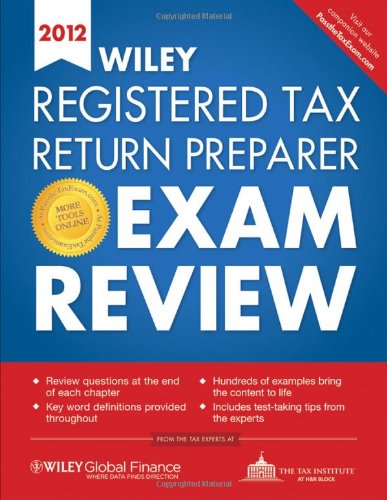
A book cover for Wiley Registered Tax Return Preparer Exam Review 2012; The Tax Institute at H&R Block; Test Preparation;